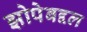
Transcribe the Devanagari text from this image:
झोपेबद्दल